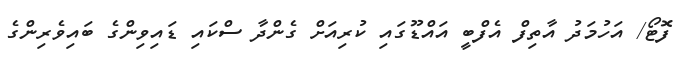
ފޮޓޯ/ އަހުމަދު އާތިފް އެފްބީ އައްޑޫގައި ކުރިއަށް ގެންދާ ސްކައި ޑައިވިންގެ ބައިވެރިންގެ